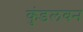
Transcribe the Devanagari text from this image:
कुंडलवन